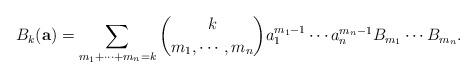
LaTeX: \begin{align*}B_{k}(\mathbf{a}) = \sum_{m_{1} + \cdots + m_{n} = k} \binom{k}{m_{1}, \cdots, m_{n}} a_{1}^{m_{1}-1} \cdots a_{n}^{m_{n}-1} B_{m_{1}} \cdots B_{m_{n}}.\end{align*}